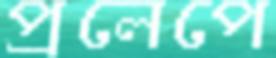
প্রলেপে